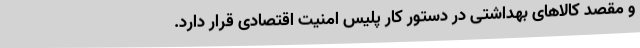
و مقصد کالاهای بهداشتی در دستور کار پلیس امنیت اقتصادی قرار دارد.